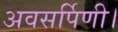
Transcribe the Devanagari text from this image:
अवसर्पिणी।